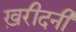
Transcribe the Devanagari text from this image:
ख़रीदनी